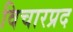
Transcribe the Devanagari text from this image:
विचारप्रद